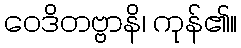
ဝေဒိတဗ္ဗာနိ၊ ကုန်၏။